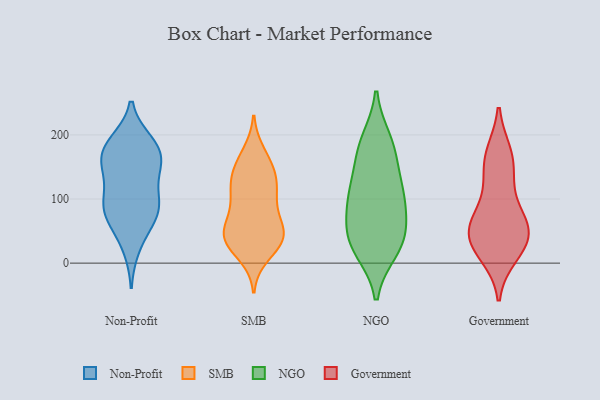
{"axis": {"x": "Waste Production (Tons)", "y": "Value"}, "legend": ["Government", "NGO", "Non-Profit", "SMB"], "data": [{"x": "", "y": 98, "type": "Non-Profit"}, {"x": "", "y": 185, "type": "Non-Profit"}, {"x": "", "y": 81, "type": "Non-Profit"}, {"x": "", "y": 25, "type": "Non-Profit"}, {"x": "", "y": 87, "type": "Non-Profit"}, {"x": "", "y": 57, "type": "Non-Profit"}, {"x": "", "y": 86, "type": "Non-Profit"}, {"x": "", "y": 150, "type": "Non-Profit"}, {"x": "", "y": 147, "type": "Non-Profit"}, {"x": "", "y": 175, "type": "Non-Profit"}, {"x": "", "y": 163, "type": "Non-Profit"}, {"x": "", "y": 177, "type": "Non-Profit"}, {"x": "", "y": 130, "type": "Non-Profit"}, {"x": "", "y": 82, "type": "Non-Profit"}, {"x": "", "y": 188, "type": "Non-Profit"}, {"x": "", "y": 62, "type": "SMB"}, {"x": "", "y": 38, "type": "SMB"}, {"x": "", "y": 104, "type": "SMB"}, {"x": "", "y": 31, "type": "SMB"}, {"x": "", "y": 98, "type": "SMB"}, {"x": "", "y": 39, "type": "SMB"}, {"x": "", "y": 42, "type": "SMB"}, {"x": "", "y": 171, "type": "SMB"}, {"x": "", "y": 134, "type": "SMB"}, {"x": "", "y": 13, "type": "SMB"}, {"x": "", "y": 105, "type": "SMB"}, {"x": "", "y": 162, "type": "SMB"}, {"x": "", "y": 34, "type": "SMB"}, {"x": "", "y": 131, "type": "SMB"}, {"x": "", "y": 74, "type": "SMB"}, {"x": "", "y": 128, "type": "SMB"}, {"x": "", "y": 46, "type": "SMB"}, {"x": "", "y": 147, "type": "SMB"}, {"x": "", "y": 48, "type": "SMB"}, {"x": "", "y": 190, "type": "NGO"}, {"x": "", "y": 21, "type": "NGO"}, {"x": "", "y": 32, "type": "NGO"}, {"x": "", "y": 28, "type": "NGO"}, {"x": "", "y": 118, "type": "NGO"}, {"x": "", "y": 54, "type": "NGO"}, {"x": "", "y": 98, "type": "NGO"}, {"x": "", "y": 169, "type": "NGO"}, {"x": "", "y": 101, "type": "NGO"}, {"x": "", "y": 110, "type": "NGO"}, {"x": "", "y": 52, "type": "NGO"}, {"x": "", "y": 179, "type": "NGO"}, {"x": "", "y": 47, "type": "Government"}, {"x": "", "y": 148, "type": "Government"}, {"x": "", "y": 127, "type": "Government"}, {"x": "", "y": 59, "type": "Government"}, {"x": "", "y": 170, "type": "Government"}, {"x": "", "y": 64, "type": "Government"}, {"x": "", "y": 33, "type": "Government"}, {"x": "", "y": 20, "type": "Government"}, {"x": "", "y": 85, "type": "Government"}, {"x": "", "y": 58, "type": "Government"}, {"x": "", "y": 36, "type": "Government"}, {"x": "", "y": 171, "type": "Government"}, {"x": "", "y": 13, "type": "Government"}]}